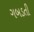
ગબડતી